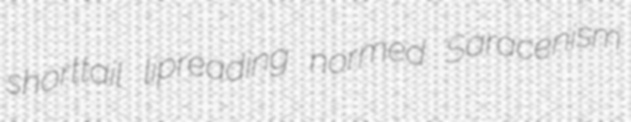
shorttail lipreading normed Saracenism